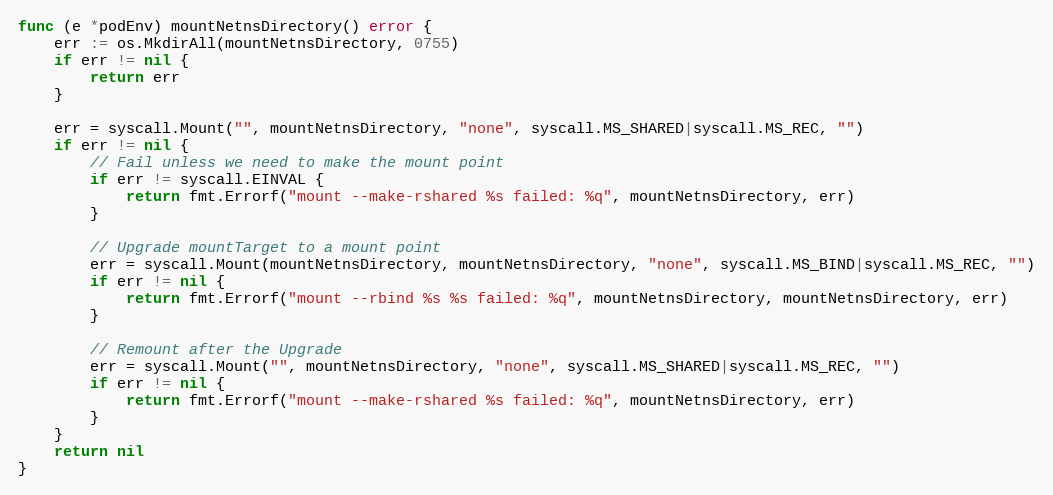
Language: Go
func (e *podEnv) mountNetnsDirectory() error {
	err := os.MkdirAll(mountNetnsDirectory, 0755)
	if err != nil {
		return err
	}

	err = syscall.Mount("", mountNetnsDirectory, "none", syscall.MS_SHARED|syscall.MS_REC, "")
	if err != nil {
		// Fail unless we need to make the mount point
		if err != syscall.EINVAL {
			return fmt.Errorf("mount --make-rshared %s failed: %q", mountNetnsDirectory, err)
		}

		// Upgrade mountTarget to a mount point
		err = syscall.Mount(mountNetnsDirectory, mountNetnsDirectory, "none", syscall.MS_BIND|syscall.MS_REC, "")
		if err != nil {
			return fmt.Errorf("mount --rbind %s %s failed: %q", mountNetnsDirectory, mountNetnsDirectory, err)
		}

		// Remount after the Upgrade
		err = syscall.Mount("", mountNetnsDirectory, "none", syscall.MS_SHARED|syscall.MS_REC, "")
		if err != nil {
			return fmt.Errorf("mount --make-rshared %s failed: %q", mountNetnsDirectory, err)
		}
	}
	return nil
}